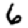
Digit: 6